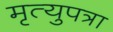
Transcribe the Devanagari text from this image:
मृत्युपत्रा